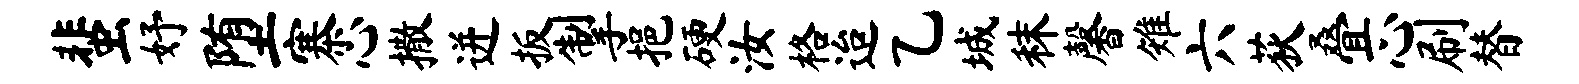
蜚妤堕寨心撒迸扳掣挹硬汝格迨乙城秣馨雉六荻叠心刷替